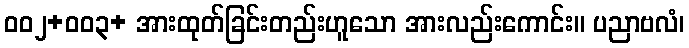
ဝဝ၂+ဝဝ၃+ အားထုတ်ခြင်းတည်းဟူသော အားလည်းကောင်း။ ပညာဗလံ၊